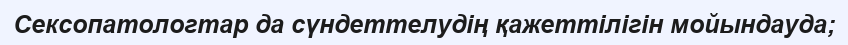
Сексопатологтар да сүндеттелудің қажеттілігін мойындауда;